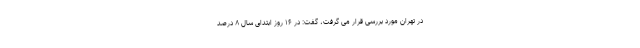
در تهران مورد بررسی قرار می گرفت، گفت: در ۱۶ روز ابتدای سال ۸ درصد